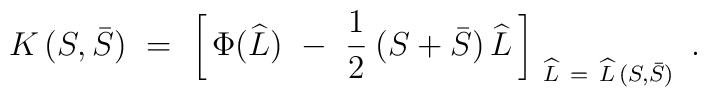
K\, (S, \bar S)\ =\ \left[\, \Phi (\widehat L)\ -\ \frac{1}{2}\:  (S + \bar S)\, \widehat L\, \right]_{\ \widehat L\ =\ \widehat L\,  (S, \bar S)}\ .